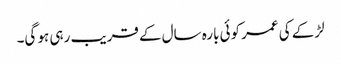
لڑکے کی عمر کوئی بارہ سال کے قریب رہی ہو گی۔